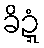
ခိဍ္ဍံ